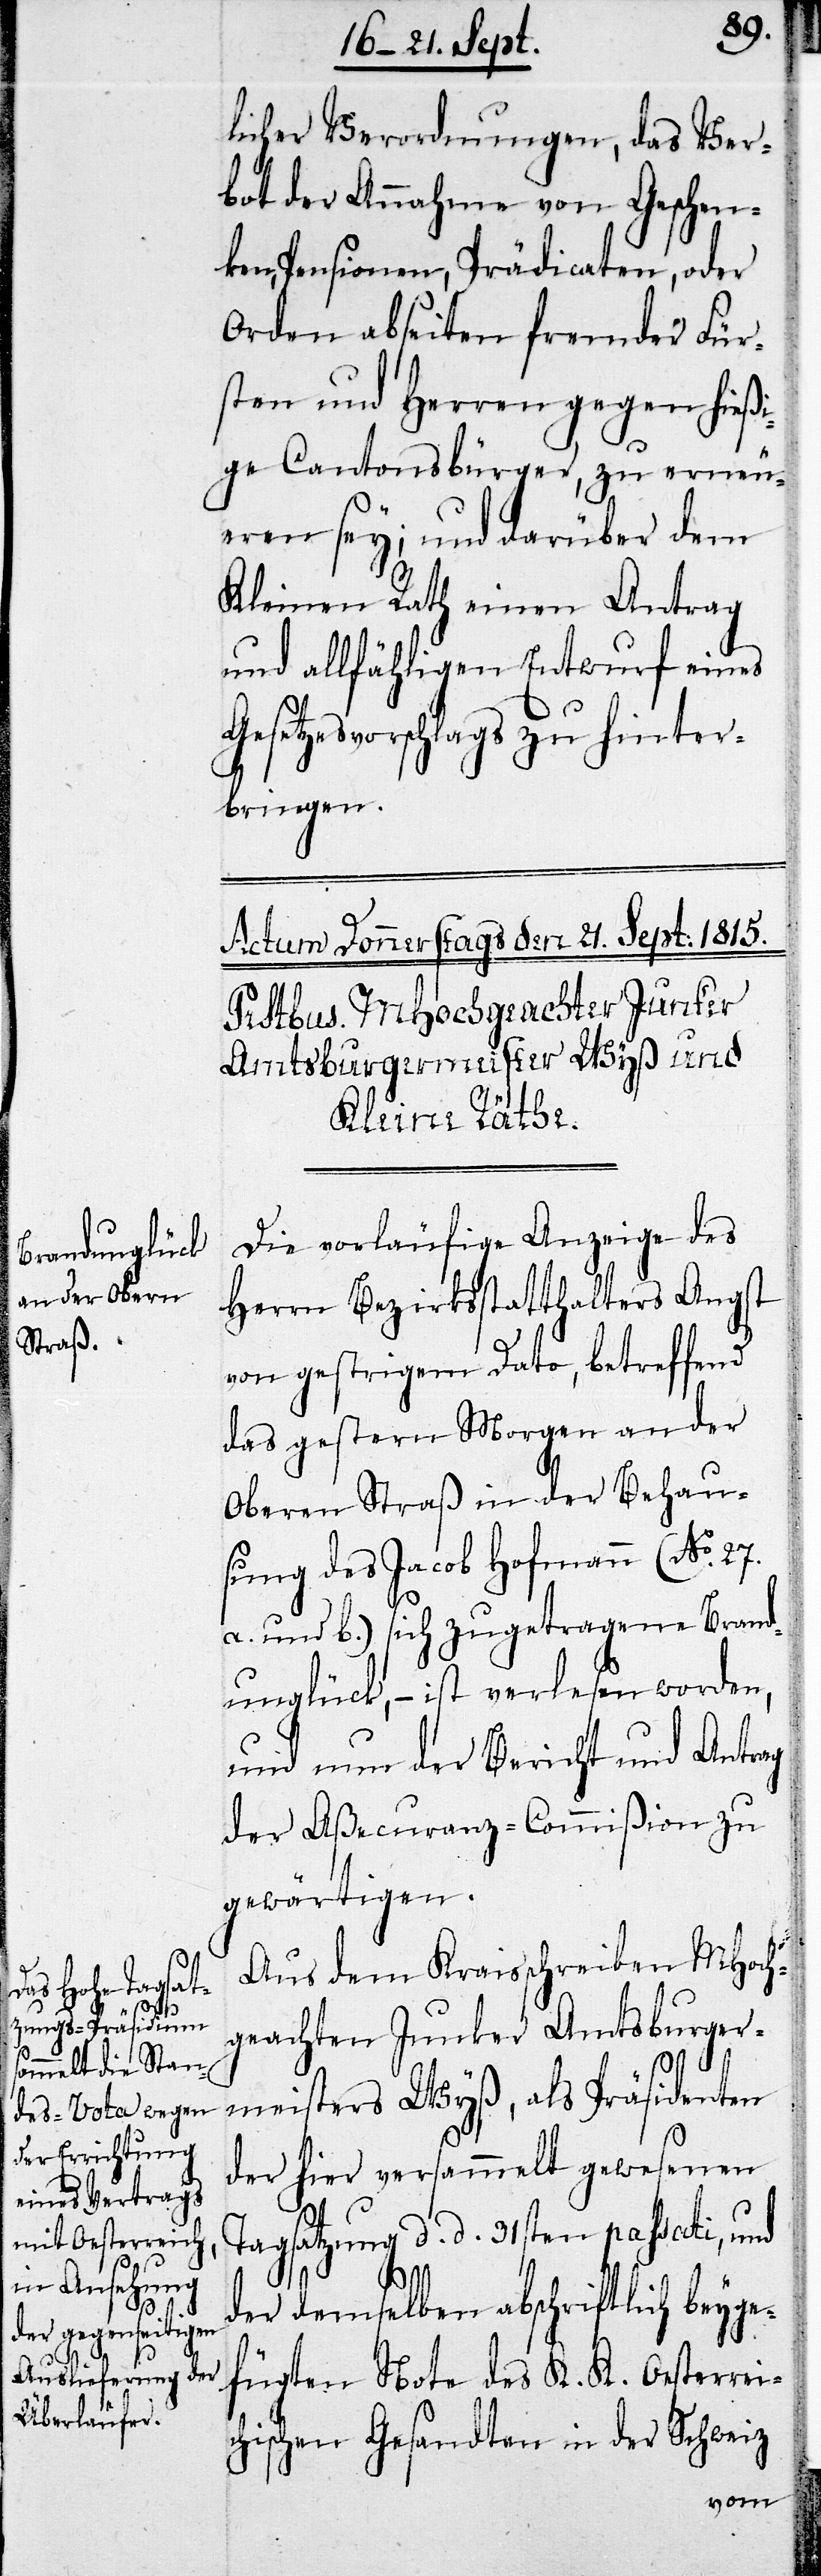
licher Verordnungen, das Ver¬
bot der Annahme von Geschen¬
ken, Pensionen, Prädicaten, oder
Orden abseiten fremder Für¬
sten und Herren gegen hießi¬
ge Cantonsbürger, zu erneu¬
eren sey; und darüber dem
Kleinen Rath einen Antrag
und allfähligen Entwurf eines
Gesetzvorschlages zu hinter¬
bringen.
Die vorläufige Anzeige des
Herrn Bezirksstatthalter Angst
vom gestrigen Dato, betreffend
das gestern Morgen an der
Oberen Straß in der Behau¬
sung des Jacob Hofmann (No. 27.
a. und b.) sich zugetragene Brand¬
unglück, – ist verlesen worden,
und nun der Bericht und Antrag
der Aßecuranz-Commißion zu
gewärtigen.
Aus dem Kraisschreiben MHoch¬
geachten Junker Amtsburger¬
meisters Wyß, als Präsidenten
der hier versammelt gewesenen
Tagsatzung d. d. 31sten paßati, und
der demselben abschriftlich beyg¬
efügten Note des K. K. Oesterrei¬
chischen Gesandten in der Schweiz